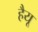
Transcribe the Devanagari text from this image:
हैयू